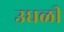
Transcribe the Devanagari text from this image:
उधळी